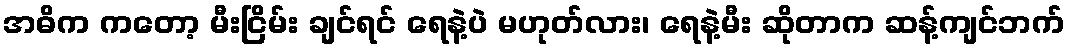
အဓိက ကတော့ မီးငြိမ်း ချင်ရင် ရေနဲ့ပဲ မဟုတ်လား၊ ရေနဲ့မီး ဆိုတာက ဆန့်ကျင်ဘက်